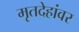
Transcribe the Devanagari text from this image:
मृतदेहांवर